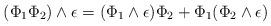
LaTeX: \begin{align*}(\Phi_1 \Phi_2) \wedge \epsilon = (\Phi_1 \wedge \epsilon) \Phi_2 + \Phi_1 (\Phi_2 \wedge \epsilon)\end{align*}